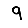
Digit: 9